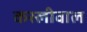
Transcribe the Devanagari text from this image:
कस्लीवाल